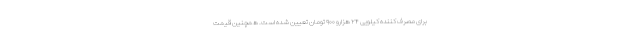
برای مصرف کننده ‌کیلویی ۲۴ هزارو ۹۰۰ تومان تعیین شده است. همچنین قیمت